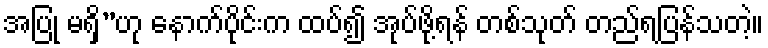
အပြု မရှိ”ဟု နောက်ပိုင်းက ထပ်၍ အုပ်ဖို့ရန် တစ်သုတ် တည်ရပြန်သတဲ့။